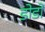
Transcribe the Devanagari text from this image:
डोडों